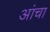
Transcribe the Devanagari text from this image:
आंचा